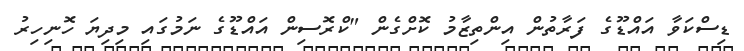
ޑިސްކަވާ އައްޑޫގެ ފަރާތުން އިންތިޒާމު ކޮށްގެން "ކްރޮސިން އައްޑޫގެ ނަމުގައި މިދިޔަ ހޮނިހިރު